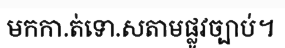
មកកា.ត់ទោ.សតាមផ្លូវច្បាប់។